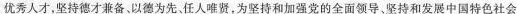
优秀人才，坚持德才兼备、以德为先，任人唯贤，为坚持和加强党的全面领导、坚持和发展中国特色社会